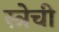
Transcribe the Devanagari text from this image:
स्त्रेची